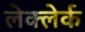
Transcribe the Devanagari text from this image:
लेक्लेर्क